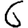
Digit: 6